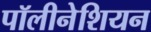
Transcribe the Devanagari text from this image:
पॉलीनेशियन